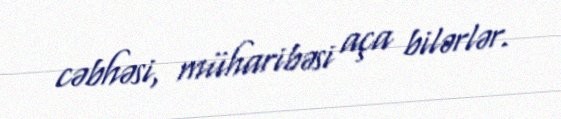
cəbhəsi, müharibəsi aça bilərlər.